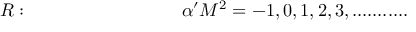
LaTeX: R : ~ ~ ~ ~ ~ ~ ~ ~ ~ ~ ~ ~ ~ ~ ~ ~ ~ ~ ~ ~ ~ ~ ~ ~ ~ \alpha ^ { \prime } M ^ { 2 } = - 1 , 0 , 1 , 2 , 3 , . . . . . . . . . . .